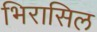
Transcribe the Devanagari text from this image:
भिरासिल